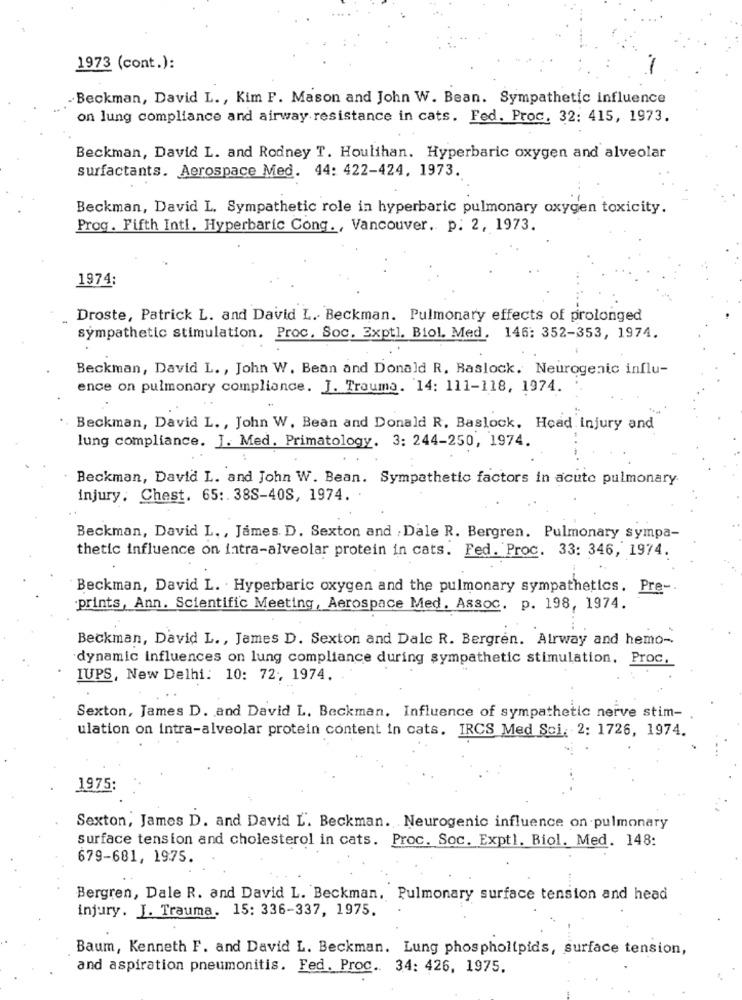
1973 (cont.):
.Beckman, David L ., Kim F. Mason and John W. Bean. Sympathetic influence
on lung compliance and airway resistance in cats. Fed. Proc. 32: 415, 1973.
Beckman, David L. and Rodney T. Houlihan. Hyperbaric oxygen and alveolar
surfactants. Aerospace Med. 44: 422-424. 1973.
Beckman, David L. Sympathetic role in hyperbaric pulmonary oxygen toxicity.
Prog. Fifth Intl. Hyperbaric Cong ., Vancouver. p. 2, 1973.
1974:
Droste, Patrick L. and David L. Beckman. Pulmonary effects of prolonged
sympathetic stimulation. Proc. Soc. Exptl. Biol, Med. 146: 352-353, 1974.
Beckman, David L ., John W. Bean and Donald R. Baslock. Neurogenic influ-
ence on pulmonary compliance. J. Trauma. 14: 111-118, 1974.
Beckman, David L ., John W. Bean and Donald R. Baslock. Head Injury and
lung compliance. J. Med. Primatology. 3: 244-250, 1974.
Beckman, David L. and John W. Bean. Sympathetic factors in acute pulmonary
injury, Chest. 65 :. 38S-40S, 1974.
Beckman, David L ., James. D. Sexton and , Dale R. Bergren. Pulmonary sympa-
thetic influence on intra-alveolar protein in cats. Fed. Proc. 33: 346, 1974.
Beckman, David L. Hyperbaric oxygen and the pulmonary sympathetics. Pre-
prints, Ann. Scientific Meeting, Aerospace Med, Assoc. p. 198, 1974.
Beckman, David L ., James D. Sexton and Dalc R. Bergren. Airway and hemo-
dynamic influences on lung compliance during sympathetic stimulation, Proc.
IUPS, New Delhi: 10: 72, 1974.
Sexton, James D. and David L. Beckman. Influence of sympathetic nerve stim-
ulation on intra-alveolar protein content in cats. IRCS Med Sci, 2: 1726, 1974.
1975:
Sexton, James D. and David L'. Beckman. Neurogenic influence on pulmonary
surface tension and cholesterol in cats. Proc. Soc. Expt1. Biol. Med. 148:
679-681, 1975.
Bergren, Dale R. and David L. Beckman. Pulmonary surface tension and head
injury. J. Trauma. 15: 336-337, 1975.
Baum, Kenneth F. and David L. Beckman. Lung phospholipids, surface tension,
and aspiration pneumonitis. Fed. Proc .. 34: 426, 1975.